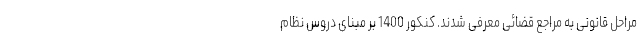
مراحل قانونی به مراجع قضائی معرفی شدند. کنکور 1400 بر مبنای دروس نظام